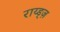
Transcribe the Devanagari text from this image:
राय्ड्ज़